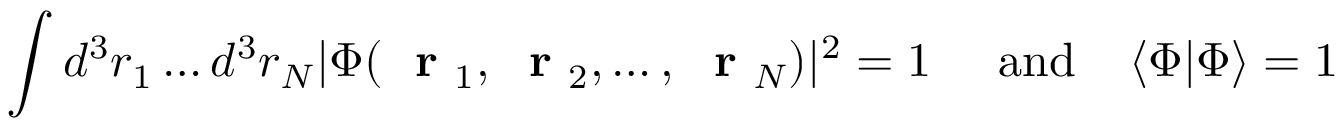
\int d ^ { 3 } r _ { 1 } \dots d ^ { 3 } r _ { N } | \Phi ( \mathrm { ~ \bf ~ r ~ } _ { 1 } , \mathrm { ~ \bf ~ r ~ } _ { 2 } , \dots , \mathrm { ~ \bf ~ r ~ } _ { N } ) | ^ { 2 } = 1 \; \; \; \; \; \mathrm { a n d } \; \; \; \; \langle \Phi | \Phi \rangle = 1